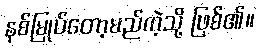
နစ်မြုပ်တော့မည်ကဲ့သို့ ဖြစ်၏။